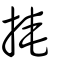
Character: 掩